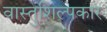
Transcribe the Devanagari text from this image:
वास्तुशिल्पकार